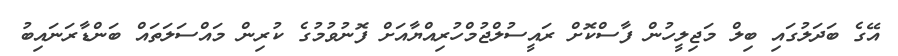
އޭގެ ބަދަލުގައި ބިލް މަޖިލީހުން ފާސްކޮށް ރައީސުލްޖުމްހުރިއްޔާއަށް ފޮނުވުމުގެ ކުރިން މައްސަލަތައް ބަންޑާރަނައިބު